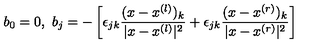
b _ { 0 } = 0 , \ b _ { j } = - \left[ \epsilon _ { j k } \frac { ( x - x ^ { ( l ) } ) _ { k } } { | x - x ^ { ( l ) } | ^ { 2 } } + \epsilon _ { j k } \frac { ( x - x ^ { ( r ) } ) _ { k } } { | x - x ^ { ( r ) } | ^ { 2 } } \right]